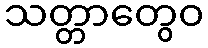
သတ္တာတွေဝ